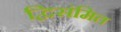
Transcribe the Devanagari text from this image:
द्विसंमित